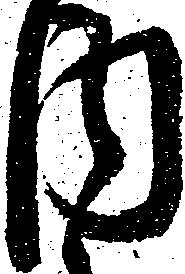
内